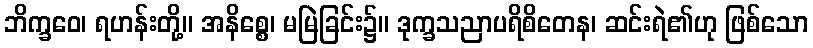
ဘိက္ခဝေ၊ ရဟန်းတို့။ အနိစ္စေ၊ မမြဲခြင်း၌။ ဒုက္ခသညာပရိစိတေန၊ ဆင်းရဲ၏ဟု ဖြစ်သော